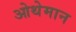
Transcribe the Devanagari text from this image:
ओथेमान